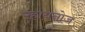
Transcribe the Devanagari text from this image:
ऱ्हायनोज